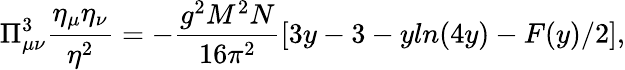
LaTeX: \Pi_{\mu\nu}^{3}\frac{\eta_{\mu}\eta_{\nu}}{\eta^{2}}=-\frac{g^{2}M^{2}N}{16\pi^{2}}[3y-3-yln(4y)-F(y)/2],